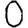
Digit: 0